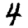
Digit: 4